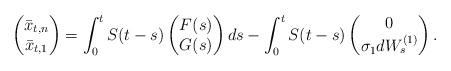
LaTeX: \begin{align*} \begin{pmatrix}\bar{x}_{t,n} \\ \bar{x}_{t,1} \\ \end{pmatrix}= \int_0^t S(t-s)\begin{pmatrix}F(s) \\ G(s) \\ \end{pmatrix}ds - \int_0^t S(t-s)\begin{pmatrix}0 \\ \sigma_1 dW_s^{(1)} \\ \end{pmatrix}. \end{align*}